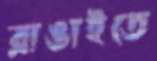
রাঙাইতে